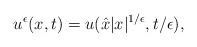
LaTeX: \begin{align*}u^\epsilon(x,t) = u(\hat{x}|x|^{1/\epsilon},t/\epsilon) ,\end{align*}